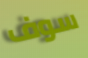
سوف